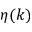
\eta ( k )